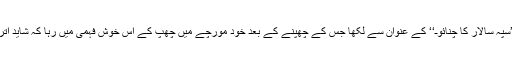
میں نے گذشتہ کالم 18 ستمبر کو ’’سپہ سالار کا چنائوـ‘‘ کے عنوان سے لکھا جس کے چھپنے کے بعد خود مورچے میں چُھپ کے اس خوش فہمی میں رہا کہ شاید اتر جائے اُس کے دل میں میری بات؟